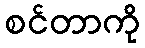
စင်တာကို